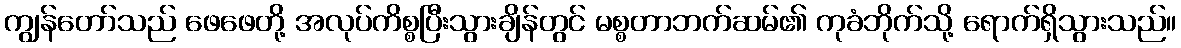
ကျွန်တော်သည် ဖေဖေတို့ အလုပ်ကိစ္စပြီးသွားချိန်တွင် မစ္စတာဘက်ဆမ်၏ ကုခံဘိုက်သို့ ရောက်ရှိသွားသည်။